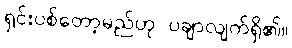
ရှင်းပစ်တော့မည်ဟု ပချာလျက်ရှိ၏။